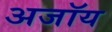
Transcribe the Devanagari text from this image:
अजॉय